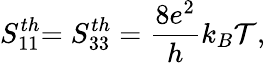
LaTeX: {S_{11}^{th}}{=S_{33}^{th}=\frac{8e^{2}}{h}k_{B}\mathcal{T},}